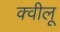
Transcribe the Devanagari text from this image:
क्वीलू